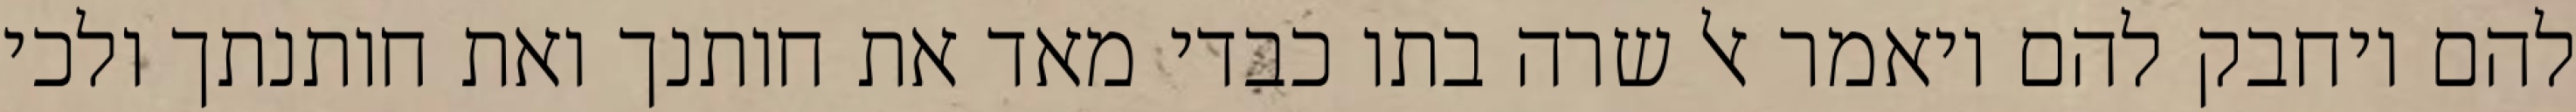
להם ויחבק להם ויאמר אל שרה בתו כבדי מאד את חותנך ואת חותנתך ולכי